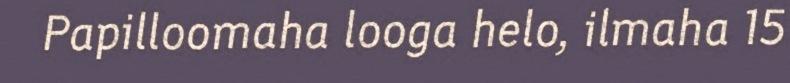
Papilloomaha looga helo, ilmaha 15